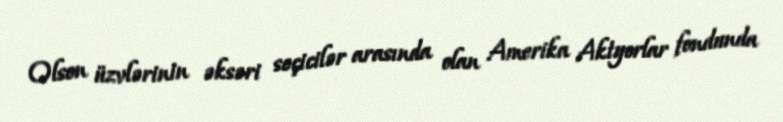
Olson üzvlərinin əksəri seçicilər arasında olan Amerika Aktyorlar fondunda